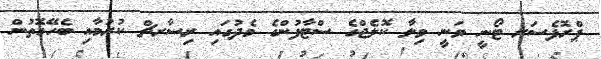
ޕްރޮފެސަރ ޓޯނީ ވަނީ ވިލާ ކޮލެޖްގެ ސްޓާފުންގެ މެދުގައި ރިސާރޗް ކުރުމާއި ބެހޭގޮތުން